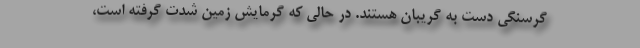
گرسنگی دست به گریبان هستند. در حالی که گرمایش زمین شدت گرفته است،